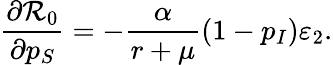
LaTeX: \frac{\partial\mathcal{R}_{0}}{\partial p_{S}}=-\frac{\alpha}{r+\mu}(1-p_{I})\varepsilon_{2}.